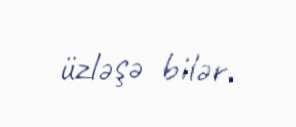
üzləşə bilər.